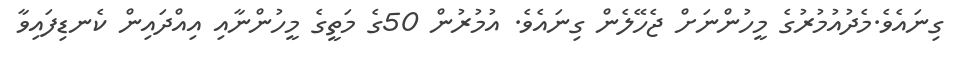
ގިނައެވެ.މެދުއުމުރުގެ މީހުންނަށް ޖެހޭލެން ގިނައެވެ. އުމުރުން 50ގެ މަތީގެ މީހުންނާއި އިއްދައިން ކެނޑިފައިވާ